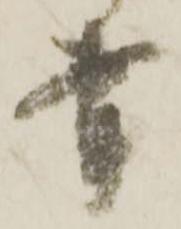
幸